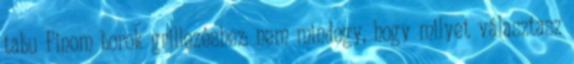
tabu Finom borok grillezéshez: nem mindegy, hogy milyet választasz